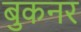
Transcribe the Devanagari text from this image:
बुकनर